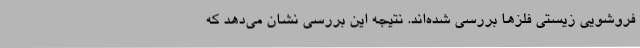
فروشویی زیستی فلزها بررسی شده‌اند. نتیجه این بررسی نشان می‌دهد که